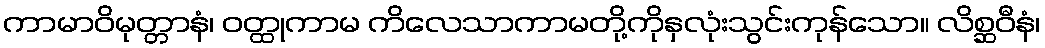
ကာမာဝိမုတ္တာနံ၊ ဝတ္ထုကာမ ကိလေသာကာမတို့ကိုနှလုံးသွင်းကုန်သော။ လိစ္ဆဝီနံ၊